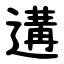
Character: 遘